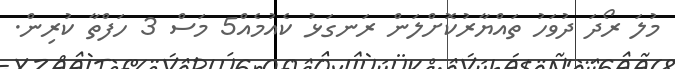
މުލަ ރޯދަ ދުވަހު ތައްޔާރުކޮށްލަން ރަނގަޅު ކެއުމެއް5 މަސް 3 ހަފްތާ ކުރިން.